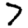
Digit: 7